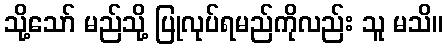
သို့သော် မည်သို့ ပြုလုပ်ရမည်ကိုလည်း သူ မသိ။